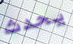
يحدث